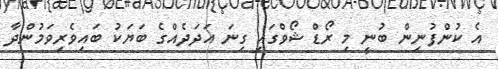
އެ ކުންފުނިން ބުނީ މި ރޯޑް ޝޯވްގައި ގިނަ އަދަދެއްގެ ބަޔަކު ބައިވެރިވަމުންދާ